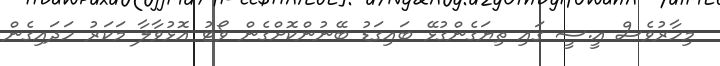
މިހާރުވެސް އީ.ސީ ގައި ތިޔަގެންގުޅޭ ބައިގަޑު ބޭނުންކޮށްގެން ވޯޓު އޮޅުވާލާ މަކަރު ހަދައިގެން